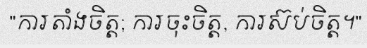
"ការតាំងចិត្ត; ការចុះចិត្ត, ការស៊ប់ចិត្ត។"